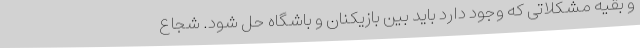
و بقیه مشکلاتی که وجود دارد باید بین بازیکنان و باشگاه حل شود. شجاع